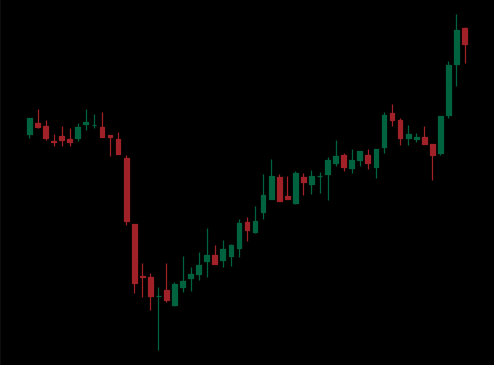
Pattern: inverse_head_shoulders